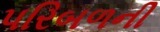
પરિબળની